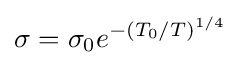
\sigma =\sigma _{0}e^{-(T_{0}/T)^{1/4}}